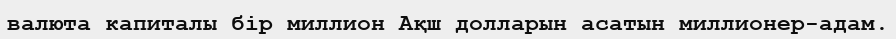
валюта капиталы бiр миллион Ақш долларын асатын миллионер-адам.